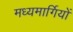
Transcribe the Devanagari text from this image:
मध्यमार्गियों